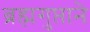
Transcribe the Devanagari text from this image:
ब्रह्मगुप्ताने